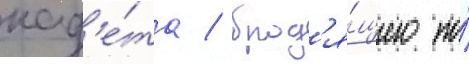
кад'е́та / брод'я́щего по́